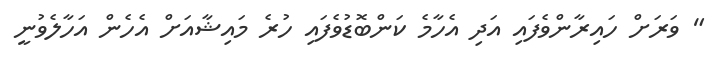
" ވަރަށް ހައިރާންވެފައި އަދި އެހާމެ ކަންބޮޑުވެފައި ހުރެ މައިޝާއަށް އެހެން އަހާލެވުނީ